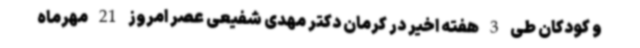
و کودکان طی 3 هفته اخیر در کرمان دکتر مهدی شفیعی عصر امروز 21 مهرماه